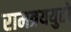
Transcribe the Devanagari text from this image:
रामत्रययुतो